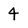
Character: 4